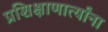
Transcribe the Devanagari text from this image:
प्रशिक्षाणार्त्यांना